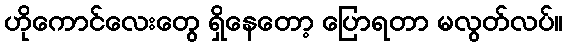
ဟိုကောင်လေးတွေ ရှိနေတော့ ပြောရတာ မလွတ်လပ်။